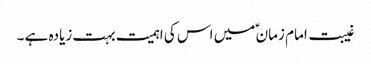
غیبت امام زمان ؑ میں اس کی اہمیت بہت زیادہ ہے ۔